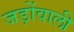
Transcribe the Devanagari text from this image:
जड़ोंवाली